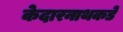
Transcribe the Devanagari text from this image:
केदारनाथकडे